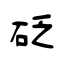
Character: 砭